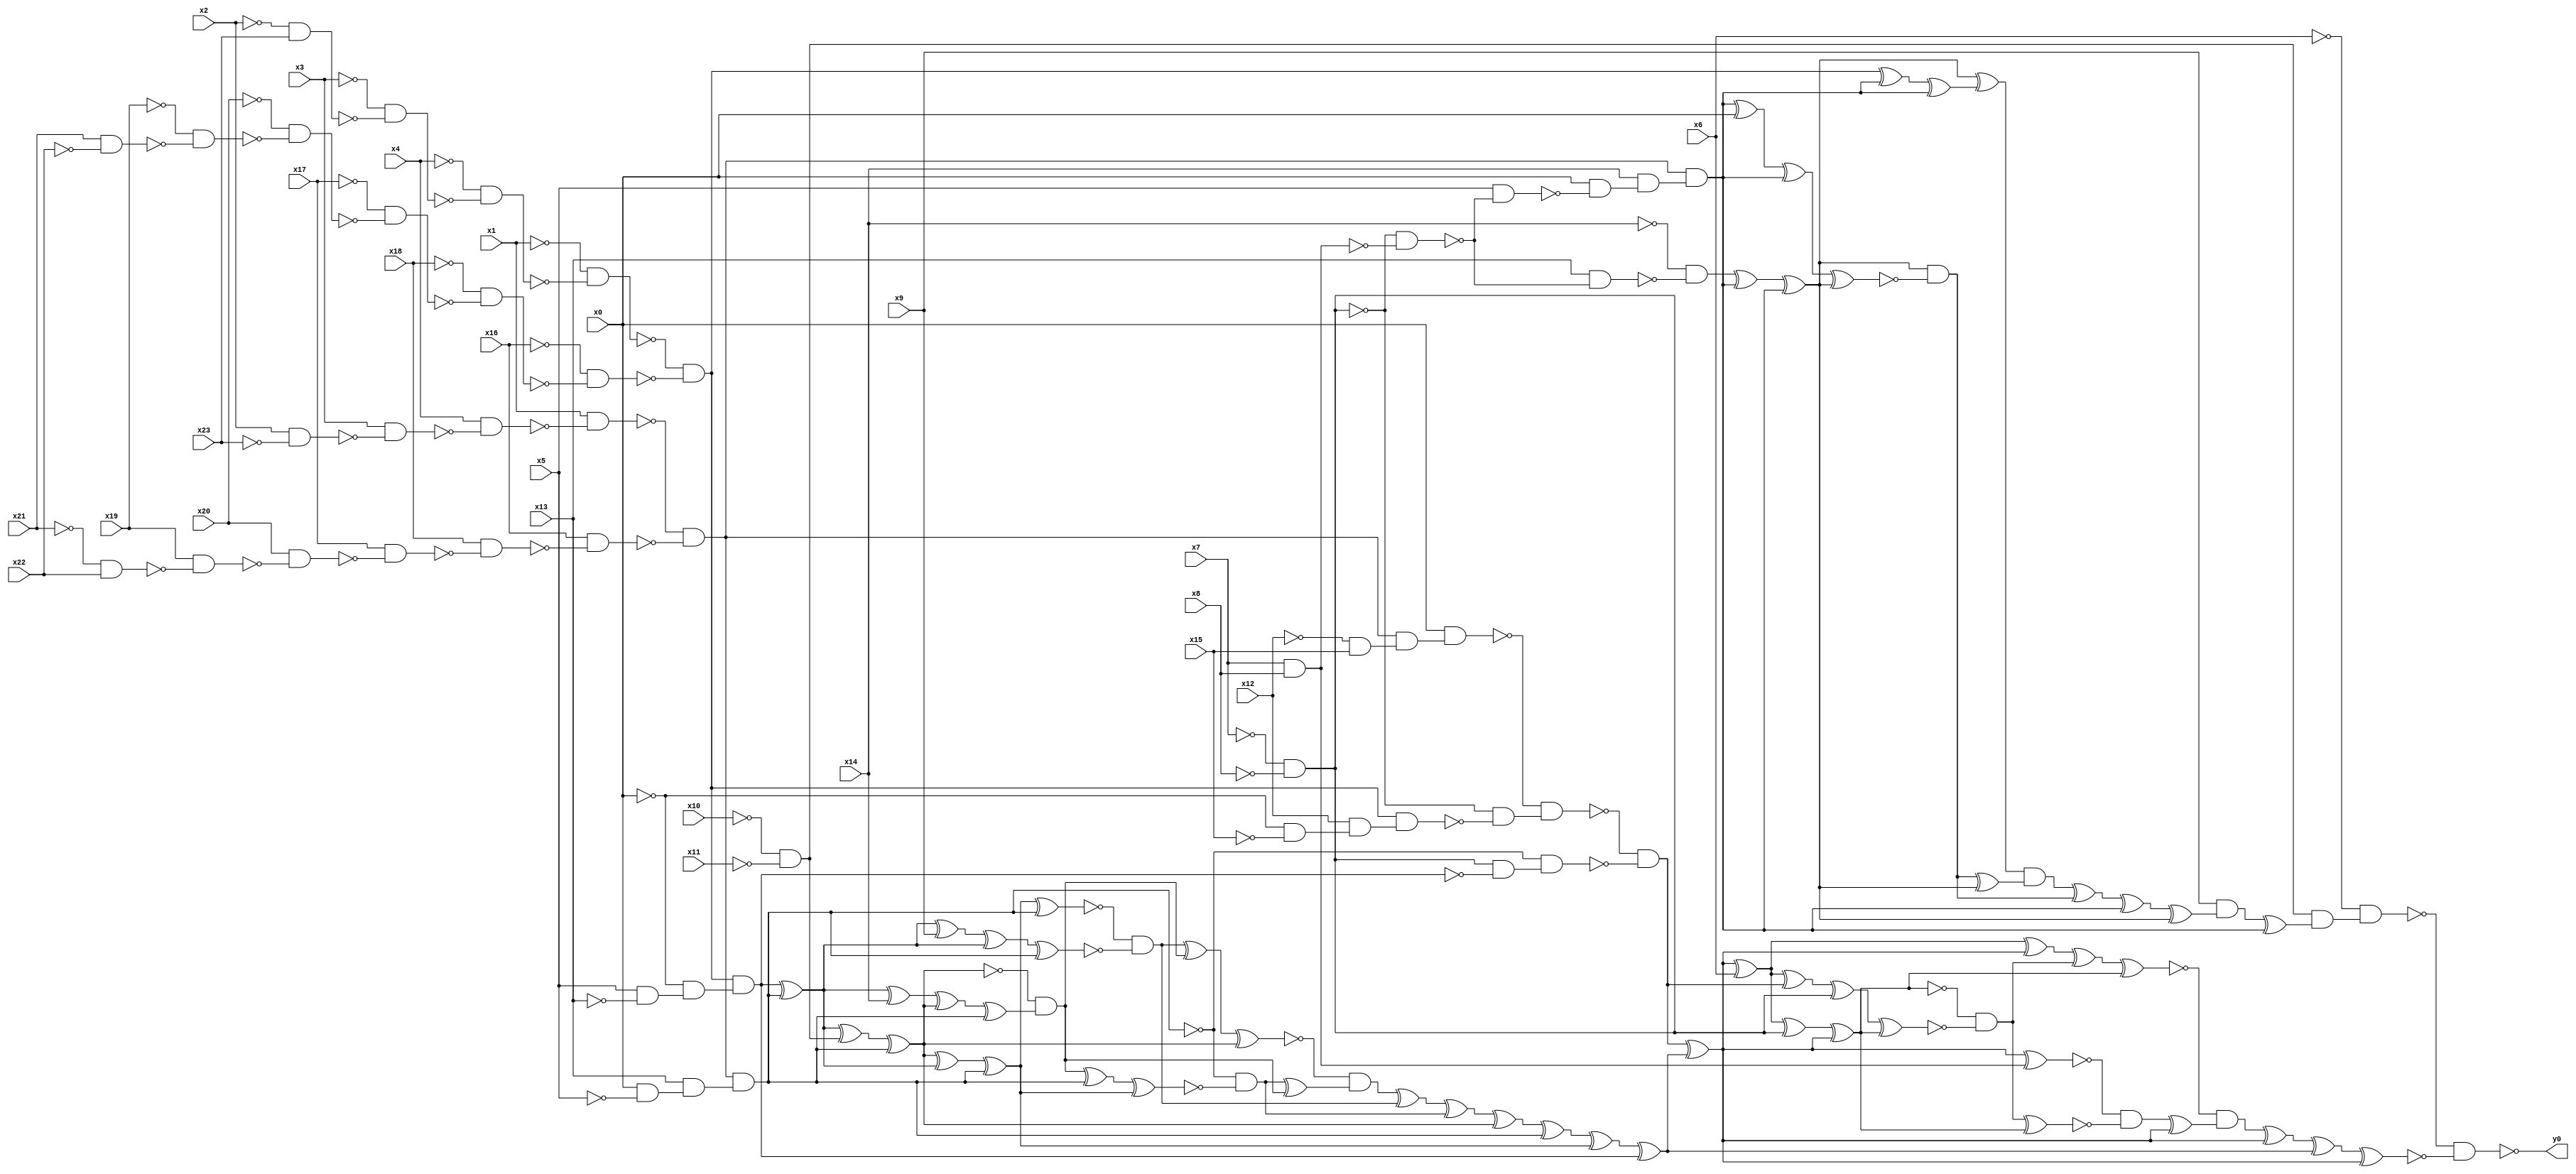
module top( x0 , x1 , x2 , x3 , x4 , x5 , x6 , x7 , x8 , x9 , x10 , x11 , x12 , x13 , x14 , x15 , x16 , x17 , x18 , x19 , x20 , x21 , x22 , x23 , y0 );
  input x0 , x1 , x2 , x3 , x4 , x5 , x6 , x7 , x8 , x9 , x10 , x11 , x12 , x13 , x14 , x15 , x16 , x17 , x18 , x19 , x20 , x21 , x22 , x23 ;
  output y0 ;
  wire n25 , n26 , n27 , n28 , n29 , n30 , n31 , n32 , n33 , n34 , n35 , n36 , n37 , n38 , n39 , n40 , n41 , n42 , n43 , n44 , n45 , n46 , n47 , n48 , n49 , n50 , n51 , n52 , n53 , n54 , n55 , n56 , n57 , n58 , n59 , n60 , n61 , n62 , n63 , n64 , n65 , n66 , n67 , n68 , n69 , n70 , n71 , n72 , n73 , n74 , n75 , n76 , n77 , n78 , n79 , n80 , n81 , n82 , n83 , n84 , n85 , n86 , n87 , n88 , n89 , n90 , n91 , n92 , n93 , n94 , n95 , n96 , n97 , n98 , n99 , n100 , n101 , n102 , n103 , n104 , n105 , n106 , n107 , n108 , n109 , n110 , n111 , n112 , n113 , n114 , n115 , n116 , n117 , n118 , n119 , n120 , n121 , n122 , n123 , n124 , n125 , n126 , n127 , n128 , n129 , n130 , n131 , n132 , n133 , n134 , n135 , n136 , n137 , n138 ;
  assign n25 = ~x10 & ~x11 ;
  assign n37 = ~x7 & ~x8 ;
  assign n38 = x7 & x8 ;
  assign n39 = ~n37 & ~n38 ;
  assign n57 = x13 & ~n39 ;
  assign n58 = ~x14 & ~n57 ;
  assign n26 = x2 & ~x23 ;
  assign n27 = x3 & ~n26 ;
  assign n28 = x4 & ~n27 ;
  assign n29 = x1 & ~n28 ;
  assign n30 = ~x21 & x22 ;
  assign n31 = x19 & ~n30 ;
  assign n32 = x20 & ~n31 ;
  assign n33 = x17 & ~n32 ;
  assign n34 = x18 & ~n33 ;
  assign n35 = x16 & ~n34 ;
  assign n36 = ~n29 & ~n35 ;
  assign n40 = x5 & ~n39 ;
  assign n41 = x0 & ~n40 ;
  assign n42 = x14 & n41 ;
  assign n43 = n36 & n42 ;
  assign n59 = n58 ^ n43 ;
  assign n60 = n59 ^ n43 ;
  assign n44 = ~x2 & x23 ;
  assign n45 = ~x3 & ~n44 ;
  assign n46 = ~x4 & ~n45 ;
  assign n47 = ~x1 & ~n46 ;
  assign n48 = x21 & ~x22 ;
  assign n49 = ~x19 & ~n48 ;
  assign n50 = ~x20 & ~n49 ;
  assign n51 = ~x17 & ~n50 ;
  assign n52 = ~x18 & ~n51 ;
  assign n53 = ~x16 & ~n52 ;
  assign n54 = ~n47 & ~n53 ;
  assign n55 = n54 ^ n43 ;
  assign n56 = n55 ^ n43 ;
  assign n61 = n60 ^ n56 ;
  assign n62 = n43 ^ x0 ;
  assign n63 = n62 ^ n43 ;
  assign n64 = n63 ^ n60 ;
  assign n65 = n60 & ~n64 ;
  assign n66 = n65 ^ n60 ;
  assign n67 = n61 & n66 ;
  assign n68 = n67 ^ n65 ;
  assign n69 = n68 ^ n43 ;
  assign n70 = n69 ^ n60 ;
  assign n71 = x9 & n70 ;
  assign n72 = n71 ^ n43 ;
  assign n73 = n25 & n72 ;
  assign n74 = ~x6 & n73 ;
  assign n108 = ~x12 & x15 ;
  assign n109 = n36 & n108 ;
  assign n110 = x0 & n109 ;
  assign n111 = ~x0 & ~x15 ;
  assign n112 = x12 & n111 ;
  assign n113 = n54 & n112 ;
  assign n114 = ~n37 & ~n113 ;
  assign n115 = ~n110 & n114 ;
  assign n75 = x0 & ~x5 ;
  assign n76 = x13 & n75 ;
  assign n77 = n36 & n76 ;
  assign n78 = x5 & ~x13 ;
  assign n79 = ~x0 & n78 ;
  assign n80 = n54 & n79 ;
  assign n116 = n37 & ~n80 ;
  assign n117 = ~n77 & n116 ;
  assign n118 = ~n115 & ~n117 ;
  assign n81 = n80 ^ n77 ;
  assign n82 = n81 ^ n25 ;
  assign n83 = n82 ^ n77 ;
  assign n88 = n83 ^ n81 ;
  assign n89 = n88 ^ n77 ;
  assign n90 = n89 ^ n77 ;
  assign n91 = n81 ^ x9 ;
  assign n92 = n91 ^ n81 ;
  assign n93 = n92 ^ n77 ;
  assign n94 = ~n90 & ~n93 ;
  assign n84 = n81 ^ x14 ;
  assign n85 = n84 ^ n83 ;
  assign n86 = n85 ^ n77 ;
  assign n87 = ~n83 & n86 ;
  assign n95 = n94 ^ n87 ;
  assign n96 = n95 ^ n83 ;
  assign n97 = n87 ^ n77 ;
  assign n98 = n97 ^ n89 ;
  assign n99 = ~n77 & ~n98 ;
  assign n100 = n99 ^ n87 ;
  assign n101 = ~n96 & n100 ;
  assign n102 = n101 ^ n94 ;
  assign n103 = n102 ^ n99 ;
  assign n104 = n103 ^ n83 ;
  assign n105 = n104 ^ n77 ;
  assign n106 = n105 ^ n89 ;
  assign n107 = n106 ^ n80 ;
  assign n119 = n118 ^ n107 ;
  assign n120 = n119 ^ x6 ;
  assign n127 = n120 ^ n119 ;
  assign n121 = n120 ^ n37 ;
  assign n122 = n121 ^ n119 ;
  assign n123 = n120 ^ n118 ;
  assign n124 = n123 ^ n37 ;
  assign n125 = n124 ^ n122 ;
  assign n126 = ~n122 & ~n125 ;
  assign n128 = n127 ^ n126 ;
  assign n129 = n128 ^ n122 ;
  assign n130 = n119 ^ n38 ;
  assign n131 = n126 ^ n122 ;
  assign n132 = ~n130 & ~n131 ;
  assign n133 = n132 ^ n119 ;
  assign n134 = ~n129 & n133 ;
  assign n135 = n134 ^ n119 ;
  assign n136 = n135 ^ n107 ;
  assign n137 = n136 ^ n119 ;
  assign n138 = ~n74 & ~n137 ;
  assign y0 = ~n138 ;
endmodule